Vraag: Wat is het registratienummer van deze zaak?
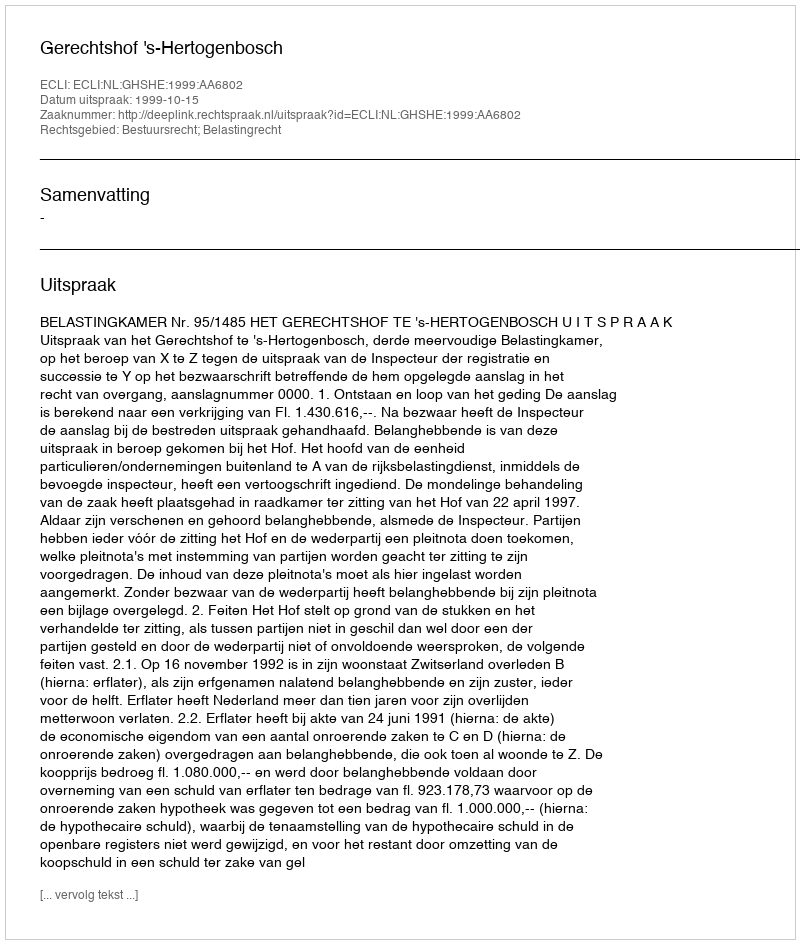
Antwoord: http://deeplink.rechtspraak.nl/uitspraak?id=ECLI:NL:GHSHE:1999:AA6802